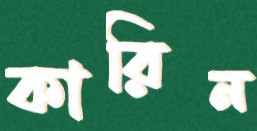
কারিন